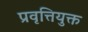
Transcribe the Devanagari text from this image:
प्रवृत्तियुक्त